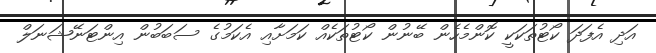
އަދި އެފަދަ ކޯޓުތަކަކީ ކޮންމެހެން ބޭނުން ކޯޓުތަކެއް ކަމަށާއި އެކަމުގެ ސަބަބުން އިންޓަނޭޝަނަލް